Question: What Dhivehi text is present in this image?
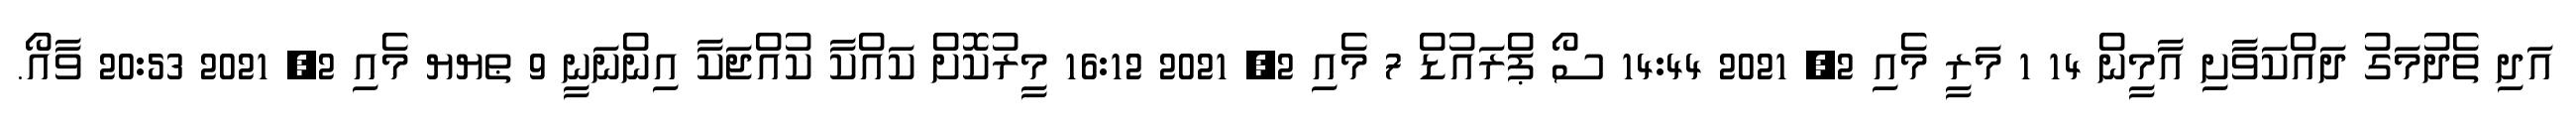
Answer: އަދި ތެދުމަގު ދައްކަވާށި އާމީން 14 1 މަރީ މެއި 2, 2021 14:44 ސޯ ޕްރައުޑް 7 މެއި 2, 2021 16:12 މީރުކޮށް ކައްކާ ކުއްޖަކާ އިންނަނީ 9 ޠޔޔ މެއި 2, 2021 20:53 ވާއޯ.